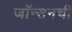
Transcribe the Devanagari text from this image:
जॉन्सनची